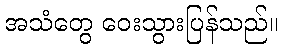
အသံတွေ ဝေးသွားပြန်သည်။